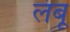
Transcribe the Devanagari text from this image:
लंबू